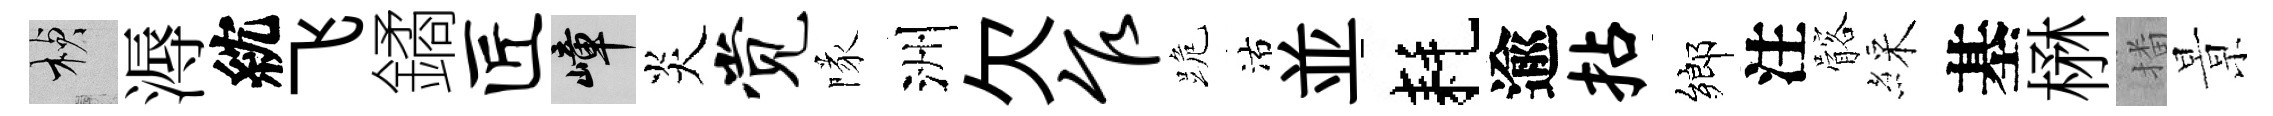
楨溽紞飞鐍匠嶂炎觉隊洲欠乍跪沽並耗逾拈鄉注髂綵基楙播㬌